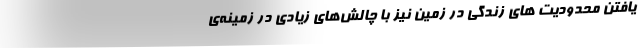
یافتن محدودیت های زندگی در زمین نیز با چالش‌های زیادی در زمینه‌ی